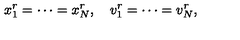
x _ { 1 } ^ { r } = \cdots = x _ { N } ^ { r } , \quad v _ { 1 } ^ { r } = \cdots = v _ { N } ^ { r } ,